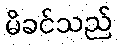
မိခင်သည်